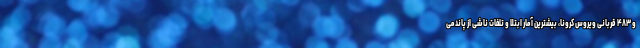
و ۴۸۳ قربانی ویروس کرونا، بیشترین آمار ابتلا و تلفات ناشی از پاندمی